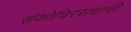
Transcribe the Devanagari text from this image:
संकोचिरसधानी